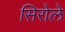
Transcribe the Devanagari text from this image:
सिरोले